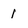
Character: 1